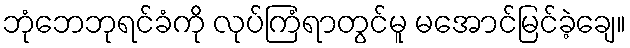
ဘုံဘေဘုရင်ခံကို လုပ်ကြံရာတွင်မူ မအောင်မြင်ခဲ့ချေ။